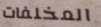
المخلفات